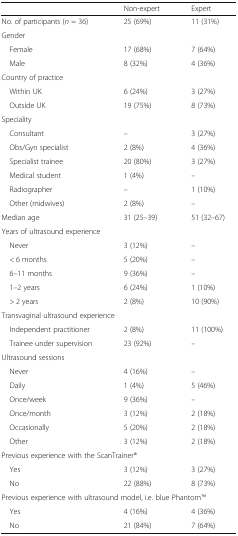
<table><thead><tr><td></td><td><b>Non-expert</b></td><td><b>Expert</b></td></tr></thead><tbody><tr><td>No. of participants (<i>n</i> = 36)</td><td>25 (69%)</td><td>11 (31%)</td></tr><tr><td colspan="3">Gender</td></tr><tr><td> Female</td><td>17 (68%)</td><td>7 (64%)</td></tr><tr><td> Male</td><td>8 (32%)</td><td>4 (36%)</td></tr><tr><td colspan="3">Country of practice</td></tr><tr><td> Within UK</td><td>6 (24%)</td><td>3 (27%)</td></tr><tr><td> Outside UK</td><td>19 (75%)</td><td>8 (73%)</td></tr><tr><td colspan="3">Speciality</td></tr><tr><td> Consultant</td><td>–</td><td>3 (27%)</td></tr><tr><td> Obs/Gyn specialist</td><td>2 (8%)</td><td>4 (36%)</td></tr><tr><td> Specialist trainee</td><td>20 (80%)</td><td>3 (27%)</td></tr><tr><td> Medical student</td><td>1 (4%)</td><td>–</td></tr><tr><td> Radiographer</td><td>–</td><td>1 (10%)</td></tr><tr><td> Other (midwives)</td><td>2 (8%)</td><td>–</td></tr><tr><td>Median age</td><td>31 (25–39)</td><td>51 (32–67)</td></tr><tr><td colspan="3">Years of ultrasound experience</td></tr><tr><td> Never</td><td>3 (12%)</td><td>–</td></tr><tr><td> &lt; 6 months</td><td>5 (20%)</td><td>–</td></tr><tr><td> 6–11 months</td><td>9 (36%)</td><td>–</td></tr><tr><td> 1–2 years</td><td>6 (24%)</td><td>1 (10%)</td></tr><tr><td> &gt; 2 years</td><td>2 (8%)</td><td>10 (90%)</td></tr><tr><td colspan="3">Transvaginal ultrasound experience</td></tr><tr><td> Independent practitioner</td><td>2 (8%)</td><td>11 (100%)</td></tr><tr><td> Trainee under supervision</td><td>23 (92%)</td><td>–</td></tr><tr><td colspan="3">Ultrasound sessions</td></tr><tr><td> Never</td><td>4 (16%)</td><td>–</td></tr><tr><td> Daily</td><td>1 (4%)</td><td>5 (46%)</td></tr><tr><td> Once/week</td><td>9 (36%)</td><td>–</td></tr><tr><td> Once/month</td><td>3 (12%)</td><td>2 (18%)</td></tr><tr><td> Occasionally</td><td>5 (20%)</td><td>2 (18%)</td></tr><tr><td> Other</td><td>3 (12%)</td><td>2 (18%)</td></tr><tr><td colspan="3">Previous experience with the ScanTrainer®</td></tr><tr><td> Yes</td><td>3 (12%)</td><td>3 (27%)</td></tr><tr><td> No</td><td>22 (88%)</td><td>8 (73%)</td></tr><tr><td colspan="3">Previous experience with ultrasound model, i.e. blue PhantomTM</td></tr><tr><td> Yes</td><td>4 (16%)</td><td>4 (36%)</td></tr><tr><td> No</td><td>21 (84%)</td><td>7 (64%)</td></tr></tbody></table>